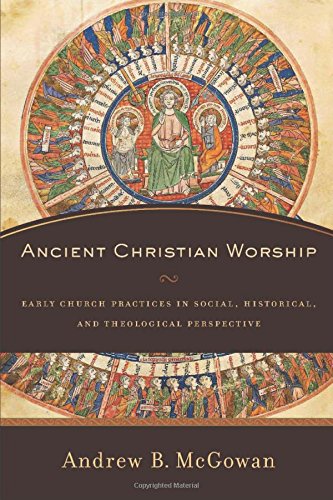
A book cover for Ancient Christian Worship: Early Church Practices in Social, Historical, and Theological Perspective; Andrew B. McGowan; Christian Books & Bibles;